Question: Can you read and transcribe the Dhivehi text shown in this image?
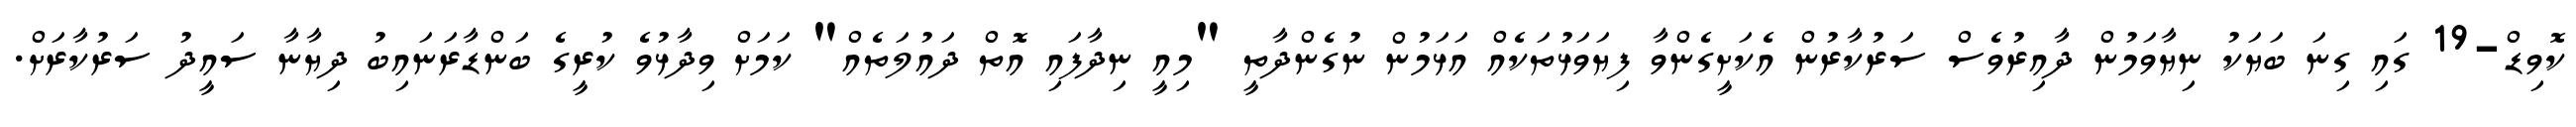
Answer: ކޮވިޑް-19 ގައި ގިނަ ބަޔަކު ނިޔާވަމުން ދާއިރުވެސް ސަރުކާރުން އެކަށީގެންވާ ފިޔަވަޅުތަކެއް އަޅަމުން ނުގެންދާތީ "މިއީ ނިދާފައި އޮތް ދައުލަތެއް" ކަމަށް ވިދާޅުވެ ކުރީގެ ބަންޑާރަނައިބު ދިޔާނާ ސައީދު ސަރުކާރަށް.